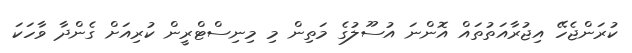
ކުރަންޖެހޭ އިޖުރާއަތުތައް އޮންނަ އުސޫލުގެ މަތިން މި މިނިސްޓްރީން ކުރިއަށް ގެންދާ ވާހަކަ